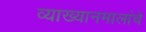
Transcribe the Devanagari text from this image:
व्याख्यानमालांचे